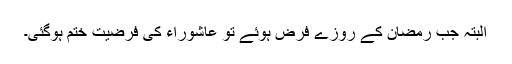
البتہ جب رمضان کے روزے فرض ہوئے تو عاشوراء کی فرضیت ختم ہوگئی۔